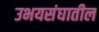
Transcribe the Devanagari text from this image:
उभयसंघातील